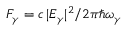
F _ { \gamma } = c \, | E _ { \gamma } | ^ { 2 } / 2 \pi \hbar \omega _ { \gamma }